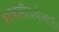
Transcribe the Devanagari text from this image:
शब्दसौंदर्यासाठी